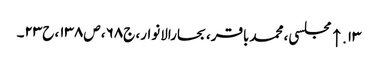
۱۳. ↑ مجلسی، محمدباقر، بحارالانوار، ج۶۸، ص۱۳۸، ح۲۳۔